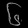
Digit: ၆